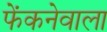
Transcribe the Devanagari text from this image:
फेंकनेवाला